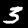
Label: 3